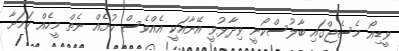
ވީޑިއޯ މެސެޖްގައި ބާލުސްކޯނީ ވިދާޅުވީ އޭނާއަކީ އެއްވެސް ކުށެއް ނެތް މީހެއް ކަމަށާ